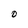
Character: 0